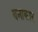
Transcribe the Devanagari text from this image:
बनाकार